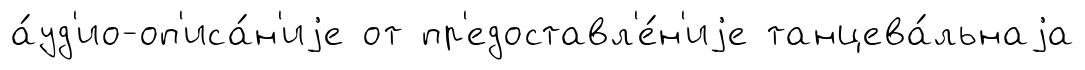
а́уд'ио-оп'иса́н'иjе от пр'едоставл'е́н'иjе танцева́льнаjа